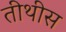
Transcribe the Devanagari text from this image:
तीथीस